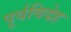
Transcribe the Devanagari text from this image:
पूर्वविदेह